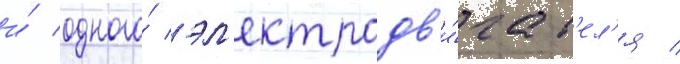
и́ одного́ эл'ектродв'и́гат'ел'я /